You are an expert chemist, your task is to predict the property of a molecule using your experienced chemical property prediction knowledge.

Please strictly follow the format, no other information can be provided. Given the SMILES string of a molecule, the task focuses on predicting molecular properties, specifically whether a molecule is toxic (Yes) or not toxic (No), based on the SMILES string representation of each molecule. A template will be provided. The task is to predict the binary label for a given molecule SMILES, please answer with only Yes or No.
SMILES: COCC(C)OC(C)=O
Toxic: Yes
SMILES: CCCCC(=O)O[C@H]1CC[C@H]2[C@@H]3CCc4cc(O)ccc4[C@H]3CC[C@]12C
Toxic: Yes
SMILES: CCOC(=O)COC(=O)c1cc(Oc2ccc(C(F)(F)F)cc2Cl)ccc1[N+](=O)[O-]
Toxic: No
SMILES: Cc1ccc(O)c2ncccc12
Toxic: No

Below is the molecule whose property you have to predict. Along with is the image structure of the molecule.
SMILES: O=C(OOC(=O)c1ccccc1)c1ccccc1
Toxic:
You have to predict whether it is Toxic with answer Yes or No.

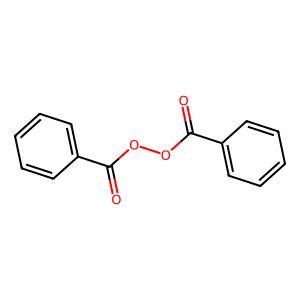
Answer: No